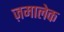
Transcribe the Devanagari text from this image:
ज़मालेक